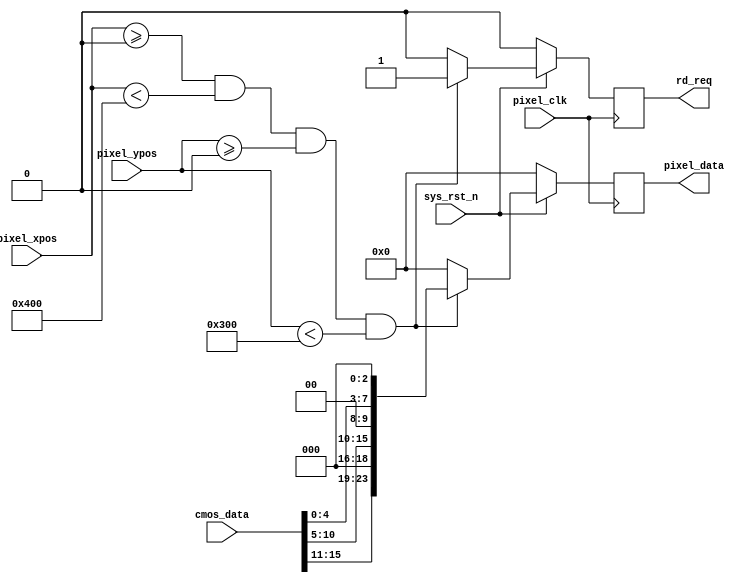


module  video_display(
    input                pixel_clk,
    input                sys_rst_n,
    
    input        [10:0]  pixel_xpos,  //
    input        [10:0]  pixel_ypos,  //
	 input        [15:0]  cmos_data ,
	 output  reg          rd_req    ,
    output  reg  [23:0]  pixel_data   //);
);
//parameter define
parameter  H_DISP = 11'd1280;                       //
parameter  V_DISP = 11'd720;                        //
    
//*****************************************************
//**                    main code
//*****************************************************

//always @(posedge pixel_clk ) begin
always @(posedge pixel_clk ) begin
    if (!sys_rst_n)begin
	     rd_req     <=1'b0;
        pixel_data <= 24'd0;
	 end
	 
    else if((pixel_xpos >= 0) && (pixel_xpos < 1024)&&(pixel_ypos>=0)&&(pixel_ypos<768))begin
	         rd_req     <=1'b1;
            pixel_data <= {cmos_data[15:11],3'b000,cmos_data[10:5],2'b00,
                    cmos_data[4:0],3'b000};
	 end 
	 
    else begin
		  rd_req     <=1'b0;
        pixel_data <= 23'd0;
    end
end

endmodule